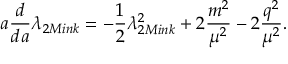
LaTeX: a \frac { d } { d a } \lambda _ { 2 M i n k } = - \frac { 1 } { 2 } \lambda _ { 2 M i n k } ^ { 2 } + 2 \frac { m ^ { 2 } } { \mu ^ { 2 } } - 2 \frac { q ^ { 2 } } { \mu ^ { 2 } } .